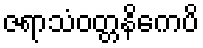
ဇရာသံဝတ္တနိကေပိ